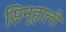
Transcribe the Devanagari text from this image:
सिन्हाली